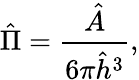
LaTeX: \hat{\Pi}=\frac{\hat{A}}{6\pi\hat{h}^{3}},